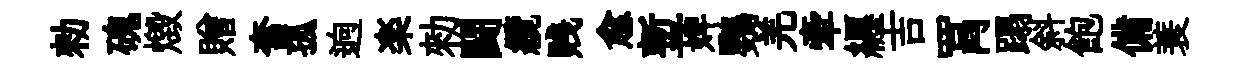
勑磈燬贈奮孤逈楽勑闘纜贱愈塹婢鸚羌牽纒吉罥蹋斜飽備蓑